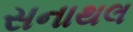
સનાથલ